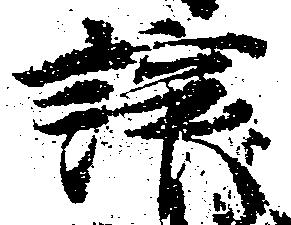
譲